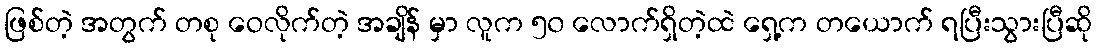
ဖြစ်တဲ့ အတွက် တစု ဝေလိုက်တဲ့ အချိန် မှာ လူက ၅၀ လောက်ရှိတဲ့ထဲ ရှေ့က တယောက် ရပြီးသွားပြီဆို